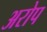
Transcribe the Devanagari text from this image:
अरोप